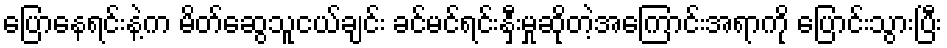
ပြောနေရင်းနဲ့က မိတ်ဆွေသူငယ်ချင်း ခင်မင်ရင်းနှီးမှုဆိုတဲ့အကြောင်းအရာကို ပြောင်းသွားပြီး